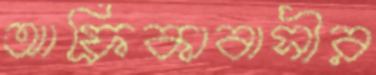
আফ্রিকাবাসীর